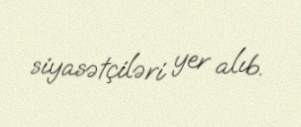
siyasətçiləri yer alıb.